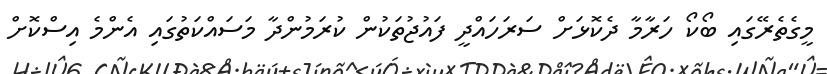
މީގެތެރޭގައި ބޯކޯ ހަރާމާ ދެކޮޅަށް ސަރަހައްދީ ފައުޖުތަކުން ކުރަމުންދާ މަސައްކަތުގައި އެންމެ އިސްކޮށް